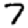
Digit: 7